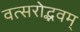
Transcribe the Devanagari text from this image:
वत्सरोद्भवम्